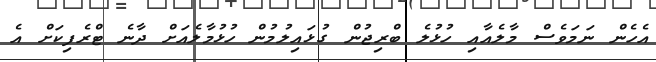
އެހެން ނަމަވެސް މާލެއާއި ހުޅުލެ ބްރިޖުން ގުޅައިލުމުން ހުޅުމާލެއަށް ދާނެ ޓްރެފިކަށް އެ